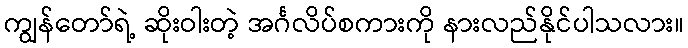
ကျွန်တော်ရဲ့ ဆိုးဝါးတဲ့ အင်္ဂလိပ်စကားကို နားလည်နိုင်ပါသလား။